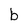
Character: b